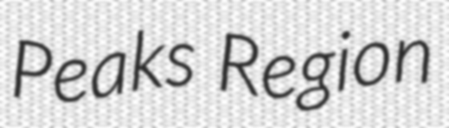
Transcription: Peaks Region